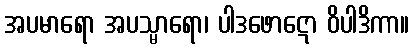
အပမာရော အပသ္မာရော၊ ပါဒဖောဋော ဝိပါဒိကာ။